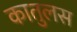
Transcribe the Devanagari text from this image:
कातुलस